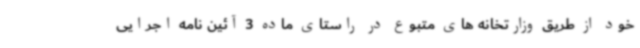
خود از طریق وزارتخانه های متبوع در راستای ماده 3 آئین نامه اجرایی